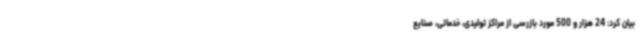
بیان کرد: 24 هزار و 500 مورد بازرسی از مراکز تولیدی، خدماتی، صنایع